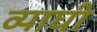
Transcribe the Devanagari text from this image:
व्याघी